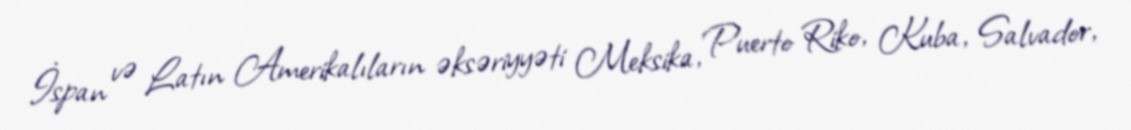
İspan və Latın Amerikalıların əksəriyyəti Meksika, Puerto Riko, Kuba, Salvador,